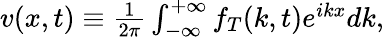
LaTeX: \begin{array}{r}{v(x,t)\equiv\frac{1}{2\pi}\int_{-\infty}^{+\infty}f_{T}(k,t)e^{ikx}dk,}\end{array}